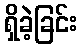
ရှိခဲ့ခြင်း